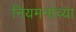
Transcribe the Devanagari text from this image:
नियमनांच्या